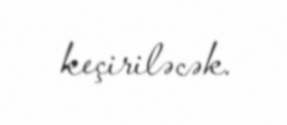
keçiriləcək.